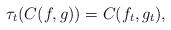
LaTeX: \begin{align*}\tau_t(C(f,g)) = C(f_t,g_t),\end{align*}